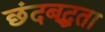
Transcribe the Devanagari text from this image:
छंदबद्धता